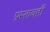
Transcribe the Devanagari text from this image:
प्रस्तावही